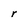
Character: r